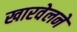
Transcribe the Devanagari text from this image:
खारवेलने